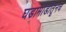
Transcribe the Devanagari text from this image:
घडामोडीतूनच